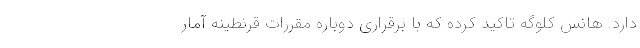
دارد. هانس کلوگه تاکید کرده که با برقراری دوباره مقررات قرنطینه آمار